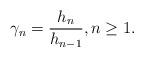
LaTeX: \begin{align*}\gamma_{n}=\frac{h_{n}}{h_{n-1}},n\geq1. \end{align*}